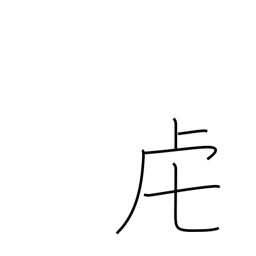
Meaning: tiger or tiger crown radical (no. 141)